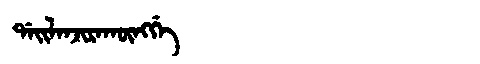
Manchu: ᡩᠠᡳᠯᠠᠨᠵᡳᡵᠠᡴᡡᠩᡤᡝ
Romanization: DAILANJIRAKŪNGGE